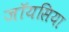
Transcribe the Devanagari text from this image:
जॉयसिया